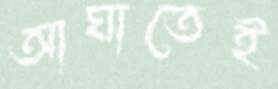
আঘাতেই